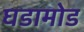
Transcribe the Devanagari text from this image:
घडामोड